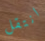
انتقل